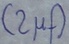
Text: (2µf)